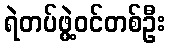
ရဲတပ်ဖွဲ့ဝင်တစ်ဦး